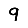
Digit: 9